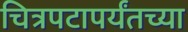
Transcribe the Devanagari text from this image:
चित्रपटापर्यंतच्या